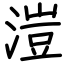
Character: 溰